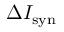
\Delta I _ { \mathrm { s y n } }